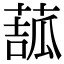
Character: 𦸉